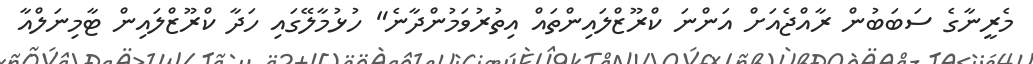
މެރީނާގެ ސަބަބުން ރާއްޖެއަށް އަންނަ ކްރޫޒްލައިންތައް އިތުރުވަމުންދާނެ" ހުޅުމާލޭގައި ހަދާ ކްރޫޒްލައިން ޓާމިނަލްއާ